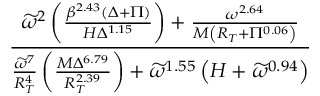
\frac { \widetilde { \omega } ^ { 2 } \left( \frac { \beta ^ { 2 . 4 3 } \left( \Delta + \Pi \right) } { H \Delta ^ { 1 . 1 5 } } \right) + \frac { \omega ^ { 2 . 6 4 } } { M \left( R _ { T } + \Pi ^ { 0 . 0 6 } \right) } } { \frac { \widetilde { \omega } ^ { 7 } } { R _ { T } ^ { 4 } } \left( \frac { M \Delta ^ { 6 . 7 9 } } { R _ { T } ^ { 2 . 3 9 } } \right) + \widetilde \omega ^ { 1 . 5 5 } \left( H + \widetilde \omega ^ { 0 . 9 4 } \right) }